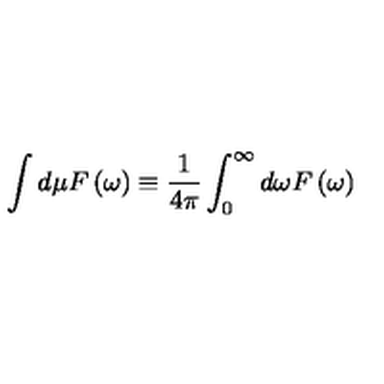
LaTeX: \int d \mu F \left( \omega \right) \equiv \frac { 1 } { 4 { \pi } } \int _ { 0 } ^ { \infty } d \omega F \left( \omega \right)